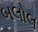
બલોલ